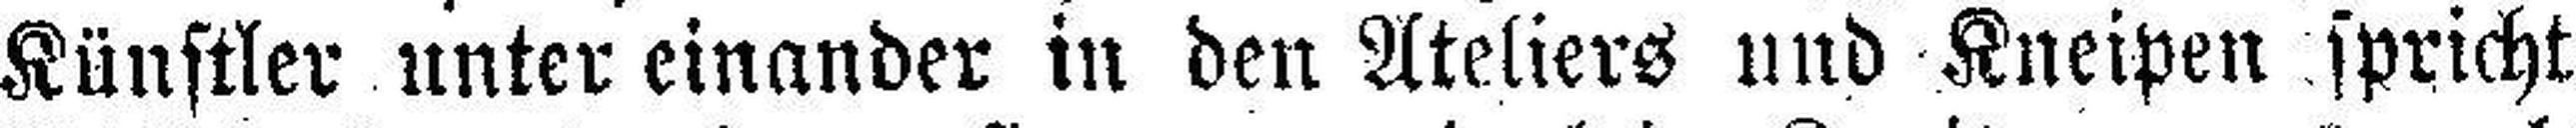
Künstler unter einander in den Ateliers und Kneipen spricht